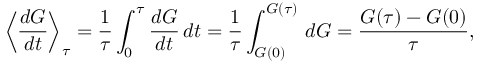
\left\langle { \frac { d G } { d t } } \right\rangle _ { \tau } = { \frac { 1 } { \tau } } \int _ { 0 } ^ { \tau } { \frac { d G } { d t } } \, d t = { \frac { 1 } { \tau } } \int _ { G ( 0 ) } ^ { G ( \tau ) } \, d G = { \frac { G ( \tau ) - G ( 0 ) } { \tau } } ,